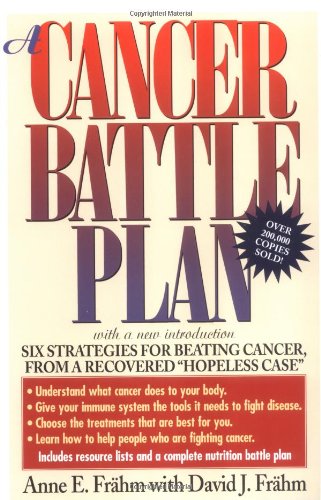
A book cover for A Cancer Battle Plan; Anne E. Frahm; Health, Fitness & Dieting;